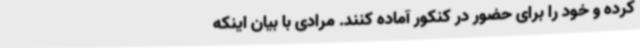
کرده و خود را برای حضور در کنکور آماده کنند. مرادی با بیان اینکه